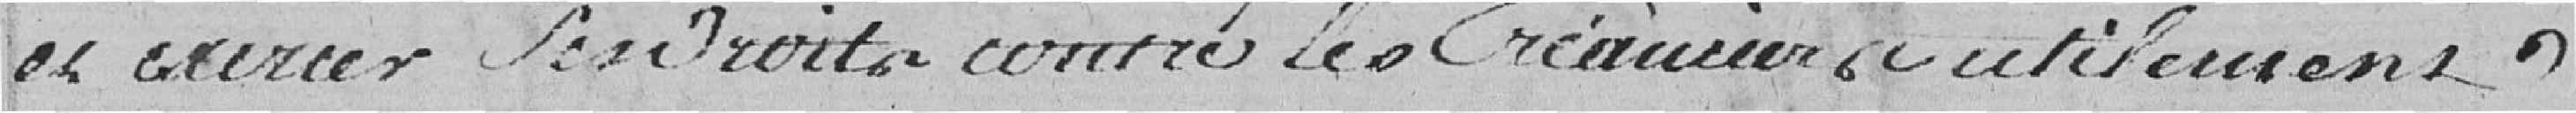
et exercer ses droits contre les créanciers utilement